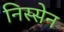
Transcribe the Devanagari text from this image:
निस्सेन